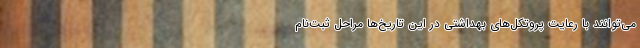
می‌توانند با رعایت پروتکل‌های بهداشتی در این تاریخ‌ها مراحل ثبت‌نام